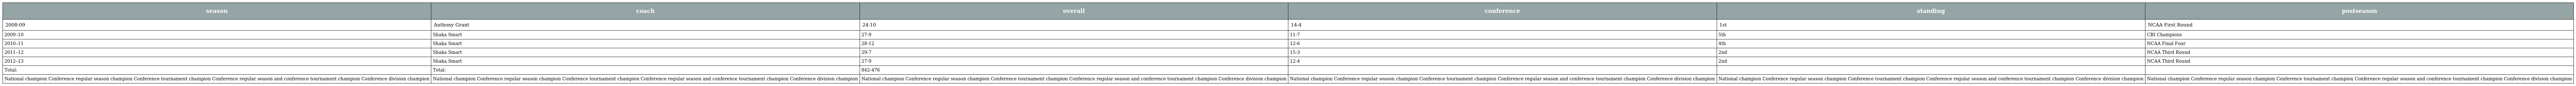
| season | coach | overall | conference | standing | postseason |
 | --- | --- | --- | --- | --- | --- |
 | 2008-09 | Anthony Grant | 24-10 | 14-4 | 1st | NCAA First Round |
 | 2009–10 | Shaka Smart | 27-9 | 11-7 | 5th | CBI Champions |
 | 2010–11 | Shaka Smart | 28-12 | 12-6 | 4th | NCAA Final Four |
 | 2011–12 | Shaka Smart | 29-7 | 15-3 | 2nd | NCAA Third Round |
 | 2012–13 | Shaka Smart | 27-9 | 12-4 | 2nd | NCAA Third Round |
 | Total: | Total: | 842-476 |  |  |  |
 | National champion Conference regular season champion Conference tournament champion Conference regular season and conference tournament champion Conference division champion | National champion Conference regular season champion Conference tournament champion Conference regular season and conference tournament champion Conference division champion | National champion Conference regular season champion Conference tournament champion Conference regular season and conference tournament champion Conference division champion | National champion Conference regular season champion Conference tournament champion Conference regular season and conference tournament champion Conference division champion | National champion Conference regular season champion Conference tournament champion Conference regular season and conference tournament champion Conference division champion | National champion Conference regular season champion Conference tournament champion Conference regular season and conference tournament champion Conference division champion |